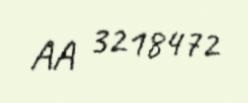
AA 3218472